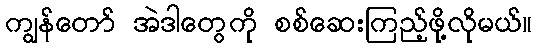
ကျွန်တော် အဲဒါတွေကို စစ်ဆေးကြည့်ဖို့လိုမယ်။